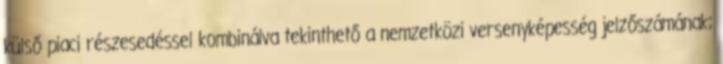
külső piaci részesedéssel kombinálva tekinthető a nemzetközi versenyképesség jelzőszámának;